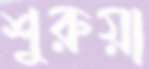
শুরুয়া